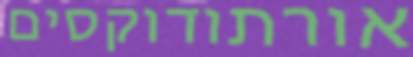
אורתודוקסים